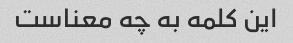
این کلمه به چه معناست